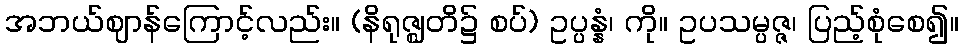
အဘယ်ဈာန်ကြောင့်လည်း။ (နိရုဇ္ဈတိ၌ စပ်) ဥပ္ပန္နံ၊ ကို။ ဥပသမ္ပဇ္ဇ၊ ပြည့်စုံစေ၍။